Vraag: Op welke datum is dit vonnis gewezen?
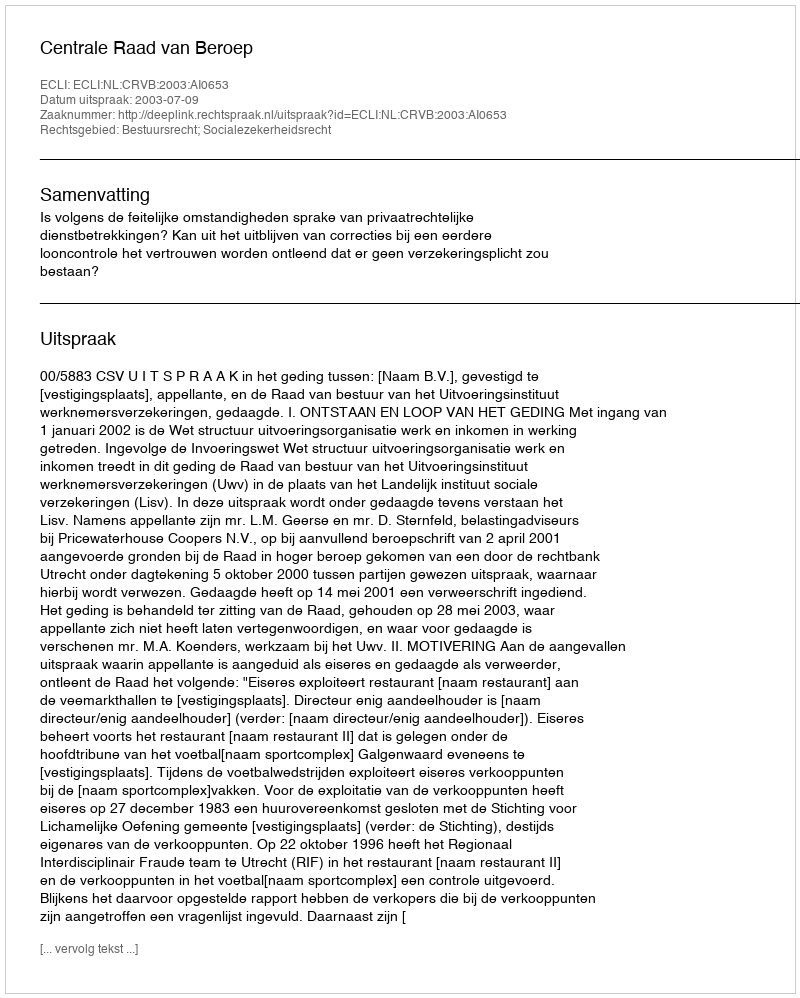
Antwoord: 2003-07-09